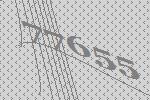
77655